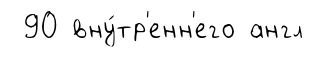
90 вну́тр'енн'его англ